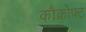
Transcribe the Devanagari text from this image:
कौक्रोफ्ट